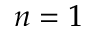
n = 1